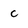
Character: c